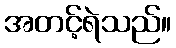
အတင့်ရဲသည်။